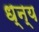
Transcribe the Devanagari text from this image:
ध्न्य